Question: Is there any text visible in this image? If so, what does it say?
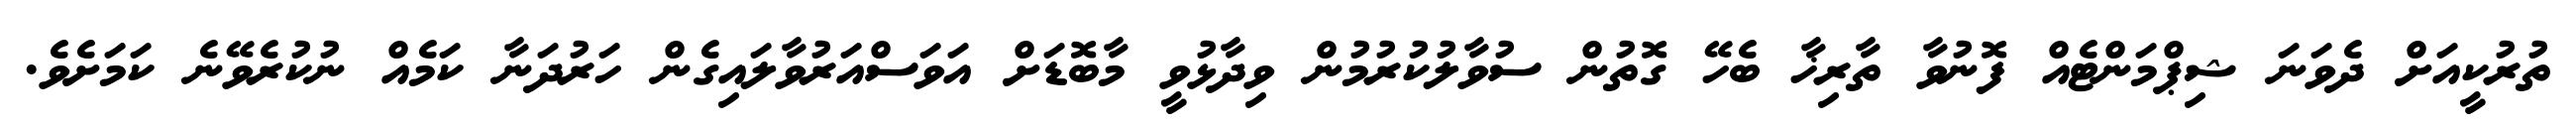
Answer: ތުރުކީއަށް ދެވަނަ ޝިޕްމަންޓެއް ފޮނުވާ ތާރިޚާ ބެހޭ ގޮތުން ސުވާލުކުރުމުން ވިދާޅުވީ މާބޮޑަށް އަވަސްއަރުވާލައިގެން ހަރުދަނާ ކަމެއް ނުކުރެވޭނެ ކަމަށެވެ.